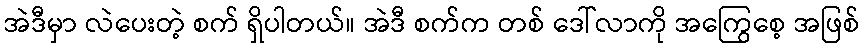
အဲဒီမှာ လဲပေးတဲ့ စက် ရှိပါတယ်။ အဲဒီ စက်က တစ် ဒေါ်လာကို အကြွေစေ့ အဖြစ်